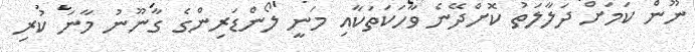
ނޫން ކަމަށް ދަލާލަތު ކޮށްދޭނެ ވާހަކަތަކާއި މަނީ ލޯންޑަރިންގެ ގާނޫނު މާނަ ކުރި